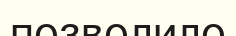
позволило